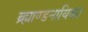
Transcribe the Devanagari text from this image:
ब्र्ह्माण्डनायिका